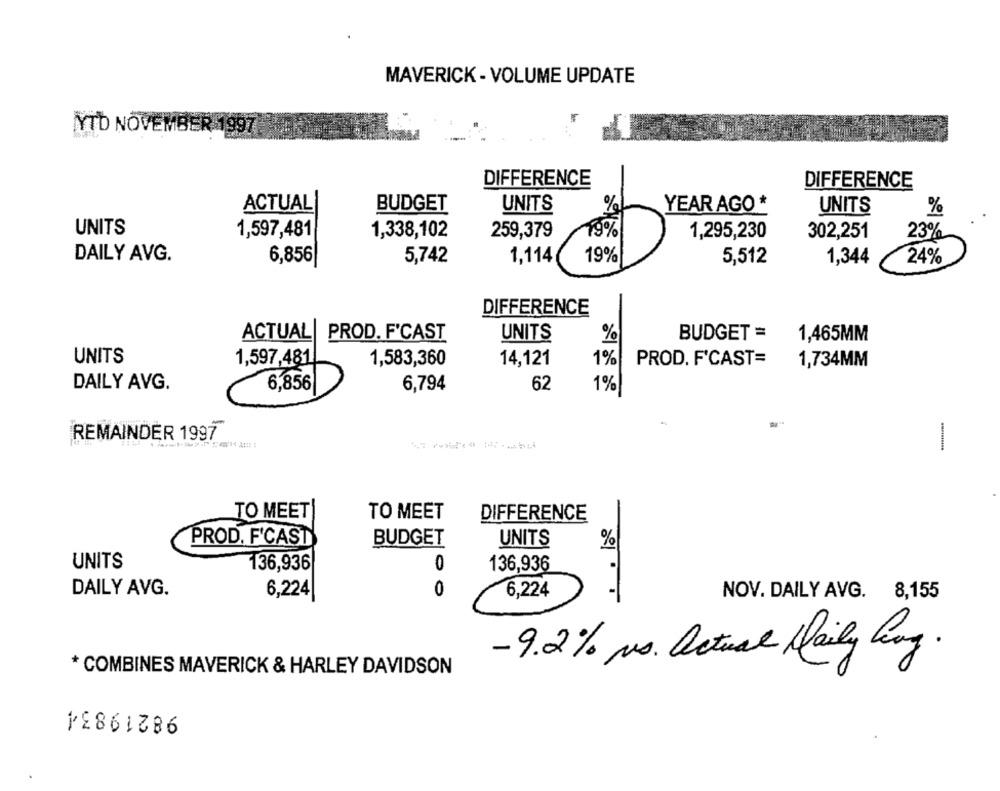
MAVERICK - VOLUME UPDATE
YTD NOVEMBER 1997
DIFFERENCE
DIFFERENCE
BUDGET
%
YEAR AGO *
ACTUAL
UNITS
UNITS
%
UNITS
1,597,481
1,338,102
259,379
19%
1,295,230
302,251
23%
DAILY AVG.
6,856
5,742
1,114
19%
5,512
1,344
24%
DIFFERENCE
ACTUAL
PROD. F'CAST
UNITS
%
BUDGET =
1,465MM
UNITS
1,597,481
1,583,360
14,121
1%
PROD. F'CAST=
1,734MM
DAILY AVG.
6,794
62
1%
6,856|
REMAINDER 1997
----------
TO MEET
TO MEET
DIFFERENCE
PROD. F'CAST
BUDGET
UNITS
%
UNITS
136,936
0
136,936
DAILY AVG.
6,224
0
6,224
NOV. DAILY AVG. 8,155
- 9.2% vs. Actual Maily Lang
* COMBINES MAVERICK & HARLEY DAVIDSON
98219834